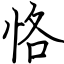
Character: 恪